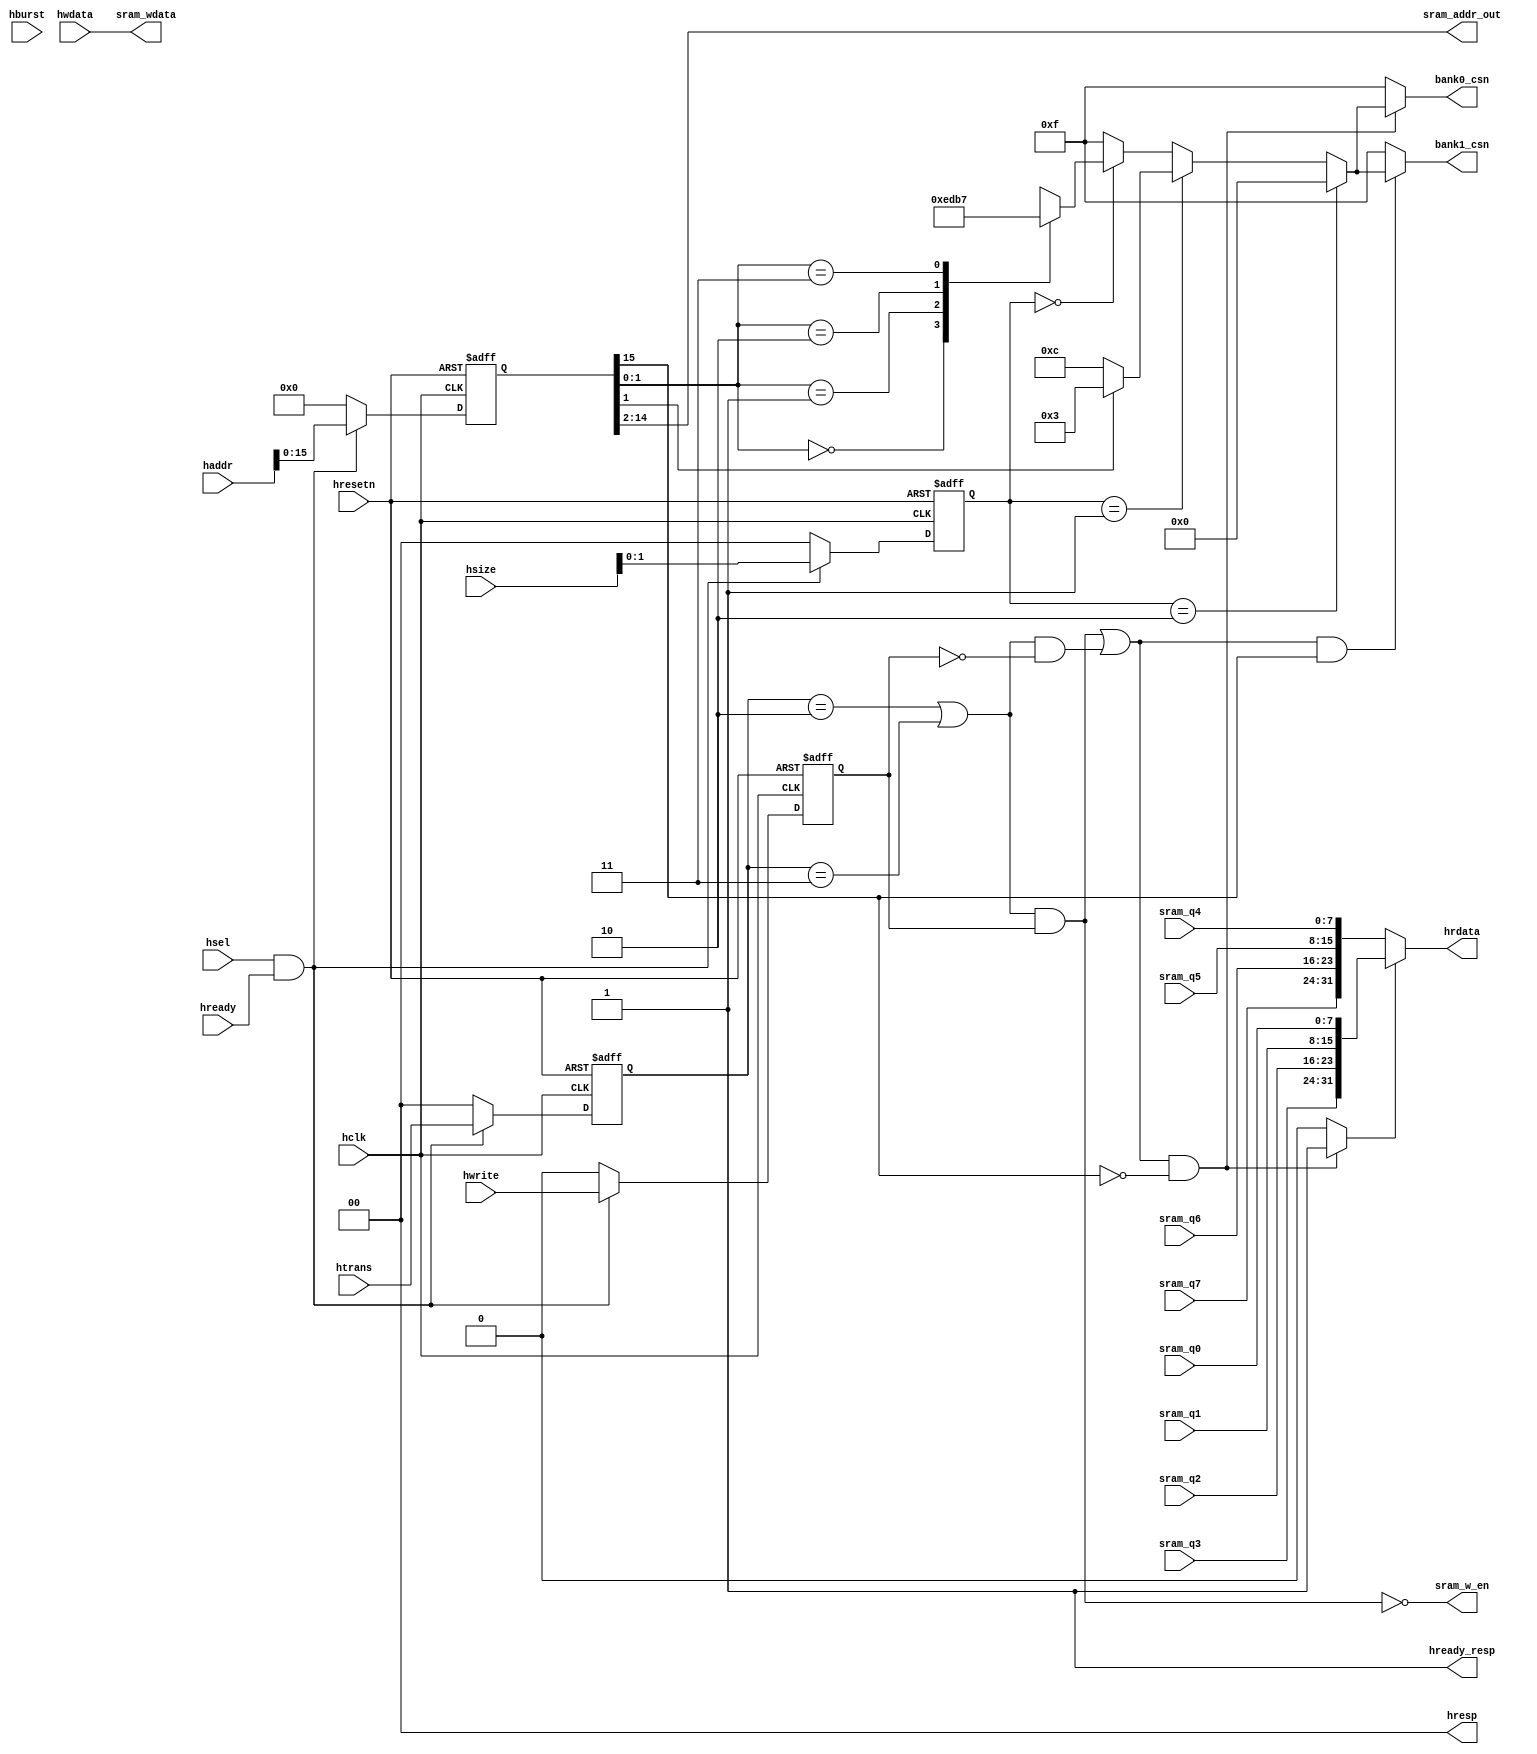
module ahb_slave_if(

  //input signals
  input			   hclk,
  //bus clock
  input			   hresetn,
  //bus reset
  input			   hsel,
  //slave
  input			   hwrite,
  //hwrite = 1 -> write
  input			   hready,
  //data ready
  input	[2:0]	 hsize,
  //8bit 16bit 32bit
  input [1:0]	 htrans,
  //NONESEQ SEQ IDLE BUSY
  input [2:0]  hburst, 
  //SINGLE  
  input [31:0] hwdata,
  //input data
  input [31:0] haddr,
  //input address
  
  //output signals
  output		  	hready_resp,
  //transfer done
  output [1:0]	hresp,
  //transfer response
  output [31:0]	hrdata,
  //output data
  
  //sram output
  input [7:0]	 sram_q0, // 8bits output data from sram
  input [7:0]	 sram_q1,
  input [7:0]	 sram_q2,
  input [7:0]	 sram_q3,
  input [7:0]	 sram_q4,
  input [7:0]	 sram_q5,
  input [7:0]	 sram_q6,
  input [7:0]	 sram_q7,
  
  output		   	sram_w_en,      // 0:write, 1:read
  output [12:0]	sram_addr_out,
  output [31:0] sram_wdata,     //sram
  output [3:0]	bank0_csn,      //
  output [3:0]	bank1_csn
  );

  //-------------------------------------------------------
  //internal registers used for temp the input ahb signals
  //-------------------------------------------------------
  //temperate all the AHB input signals
  reg        hwrite_r;
  reg [2:0]  hsize_r ;    
  reg [2:0]  hburst_r;
  reg [1:0]  htrans_r;
  reg [31:0] haddr_r;

  reg [3:0]  sram_csn; 
  
  //------------------------------------------------------
  //Internal signals
  //------------------------------------------------------
  //"haddr_sel " and "hsize_sel" used to generate banks of
  //sram: "bank0_sel" and "bank1_sel".
  wire [1:0] haddr_sel;
  wire [1:0] hsize_sel;
  wire bank_sel;

  wire sram_csn_en;          //sram chip select enable

  wire sram_write;           //sram write enable signal from AHB bus
  wire sram_read;            //sram read enable signal from AHB bus
  wire [15:0] sram_addr;     //sram address from AHB bus
  wire [31:0] sram_data_out; //data read from sram and send to AHB bus

  parameter     IDLE   = 2'b00,
                BUSY   = 2'b01,
		            NONSEQ = 2'b10,
		            SEQ    = 2'b11;

  //---------------------------------------------------------
  //  Combinatorial portion
  //---------------------------------------------------------

  //assign the response and read data of the ahb slave 
  //In order to implement the sram function-writing or reading
  //in one cycle, the value of hready_resp is always "1". 
  assign hready_resp = 1'b1; // Singal Cycle
  assign hresp  = 2'b00;     // OK
  
  //---------------------------------------------------------
  //sram data output to AHB bus
  //---------------------------------------------------------
  assign   hrdata = sram_data_out; //CPUSRAM

  //Choose the right data output of the two banks(bank0, bank1) according
  //to the value of bank_sel. If bank_sel = 1'b1, bank0 sleceted, or 
  //bank1 selected.
  assign  sram_data_out = (bank_sel) ?  
                          {sram_q3, sram_q2, sram_q1, sram_q0} :
                          {sram_q7, sram_q6, sram_q5, sram_q4} ;

  //Generate sram write and read enable signals.
  assign sram_write = ((htrans_r == NONSEQ) || (htrans_r == SEQ)) && hwrite_r;
  assign sram_read =  ((htrans_r == NONSEQ) || (htrans_r == SEQ)) && (!hwrite_r);
  assign sram_w_en = !sram_write;

  //generate sram address
  //SRAM64K 0x0--0xffff
  assign sram_addr = haddr_r [15:0];//64K 8*8K
  assign sram_addr_out = sram_addr[14:2];
  
  //Generate bank select signals by the value of sram_addr[15].
  //Each bank(32kx32) comprises of four sram block(8kx8), and
  //the width of the address of the bank is 15 bits(14~0), so 
  //the sram_addr[15] is the minimun of the next bank. If its 
  //value is "1", it means the next bank is selcted. 
  assign sram_csn_en = (sram_write || sram_read);
  //32K bank0 32K bank1
  assign bank_sel  = (sram_csn_en && (sram_addr[15] == 1'b0)) ? 1'b1 : 1'b0;
  assign bank0_csn = (sram_csn_en && (sram_addr[15] == 1'b0)) ? sram_csn : 4'b1111;
  assign bank1_csn = (sram_csn_en && (sram_addr[15] == 1'b1)) ? sram_csn : 4'b1111;

  //signals used to generating sram chip select signal in one bank.
  assign haddr_sel = sram_addr[1:0];
  assign hsize_sel = hsize_r [1:0];

  //-------------------------------------------------------
  //data from ahb writing into sram
  //-------------------------------------------------------
  assign sram_wdata = hwdata;
  
  //-------------------------------------------------------
  //Generate the sram chip selecting signals in one bank.
  //The resluts show the AHB bus write or read how many data
  //once a time: byte, halfword or word.
  //---------------------------------------------------------
  always@(hsize_sel or haddr_sel) begin
    if(hsize_sel == 2'b10)//32bit
      sram_csn = 4'b0;
    else if(hsize_sel == 2'b01) begin//16bit
      if(haddr_sel[1] == 1'b0) //little-endian
        sram_csn = 4'b1100;
      else
        sram_csn = 4'b0011;
    end
    else if(hsize_sel == 2'b00) begin//8bit
      case(haddr_sel)
        2'b00 : sram_csn = 4'b1110;
        2'b01 : sram_csn = 4'b1101;
        2'b10 : sram_csn = 4'b1011;
        2'b11 : sram_csn = 4'b0111;
        default : sram_csn = 4'b1111;
      endcase
    end
    else
      sram_csn = 4'b1111;
  end

  //--------------------------------------------------------
  //  Sequential portion
  //--------------------------------------------------------

  //tmp the ahb address and control signals
  always@(posedge hclk , negedge hresetn) begin
    if(!hresetn) begin
      hwrite_r  <= 1'b0  ;
      hsize_r   <= 3'b0  ;  
      hburst_r  <= 3'b0  ;
      htrans_r  <= 2'b0  ;
      haddr_r   <= 32'b0 ;
    end
    else if(hsel && hready) begin //hsel
      hwrite_r  <= hwrite ;//SRAM
      hsize_r   <= hsize  ;  
 //   hburst_r  <= hburst ;//AHBmasterburstAXIREG
      htrans_r  <= htrans ;
      haddr_r   <= haddr  ;
    end else begin
      hwrite_r  <= 1'b0  ;
      hsize_r   <= 3'b0  ;  
      hburst_r  <= 3'b0  ;
      htrans_r  <= 2'b0  ;
      haddr_r   <= 32'b0 ;
    end
  end

endmodule